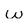
Character: w